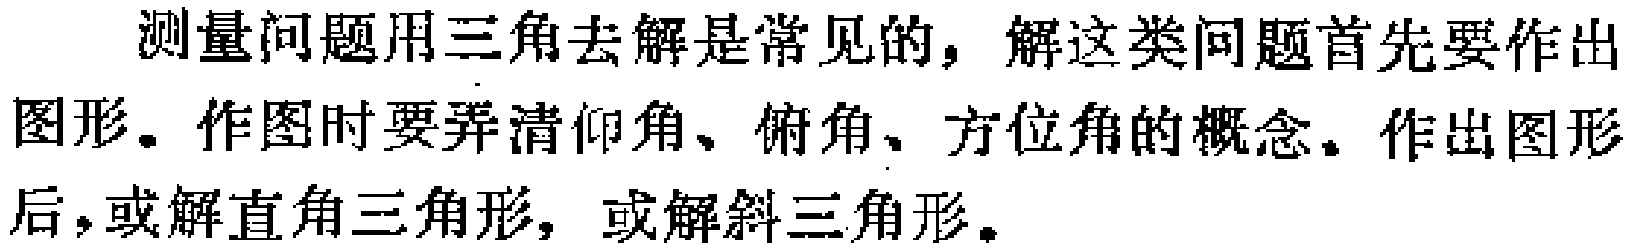
测量问题用三角去解是常见的，解这类问题首先要作出图形。作图时要弄清仰角、俯角、方位角的概念。作出图形后，或解直角三角形，或解斜三角形。